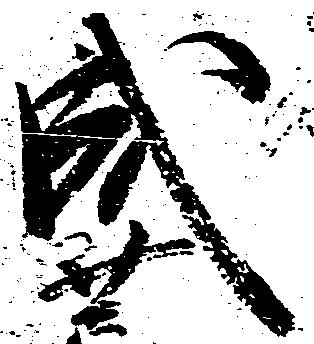
成